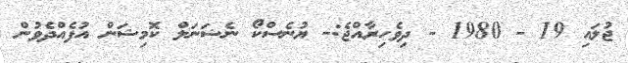
ޖުލައި 19 - 1980 - ދިވެހިރާއްޖެ:- ޔުނެސްކޯ ނެޝަނަލް ކޮމިޝަން އުފެއްދެވުން